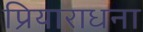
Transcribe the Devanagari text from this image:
प्रियाराधना